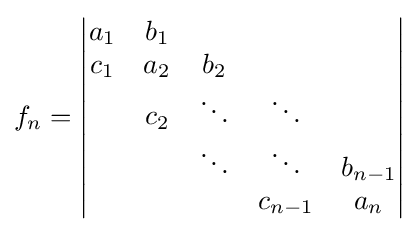
f_{n}={\begin{vmatrix}a_{1}&b_{1}\\c_{1}&a_{2}&b_{2}\\&c_{2}&\ddots &\ddots \\&&\ddots &\ddots &b_{n-1}\\&&&c_{n-1}&a_{n}\end{vmatrix}}